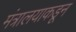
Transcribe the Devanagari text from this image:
मंत्रालयाकडून